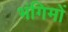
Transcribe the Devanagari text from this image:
भंगिमों